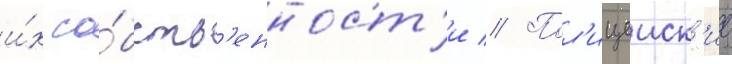
и́х со́бств'енност'и // Пол'ицеиск'ие